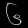
Digit: ၆